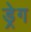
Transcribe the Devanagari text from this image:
ड्रेग